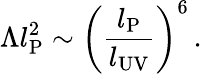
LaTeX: \Lambda l_{\mathrm{P}}^{2}\sim\left(\frac{l_{\mathrm{P}}}{l_{\mathrm{UV}}}\right)^{6}\, .